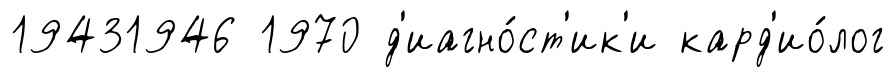
19431946 1970 д'иагно́ст'ик'и кард'ио́лог